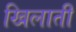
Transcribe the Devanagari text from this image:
खिलातीं